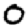
Digit: 0